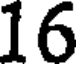
16